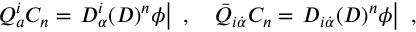
Q _ { a } ^ { i } C _ { n } = \left. D _ { \alpha } ^ { i } ( D ) ^ { n } { \phi } \right| \ , \quad { \bar { Q } } _ { i { \dot { \alpha } } } C _ { n } = \left. D _ { i { \dot { \alpha } } } ( D ) ^ { n } { \phi } \right| \ ,